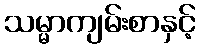
သမ္မာကျမ်းစာနှင့်